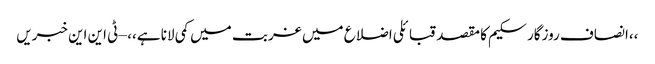
،،انصاف روزگار سکیم کا مقصد قبائلی اضلاع میں غربت میں کمی لانا ہے،، – ٹی این این خبریں